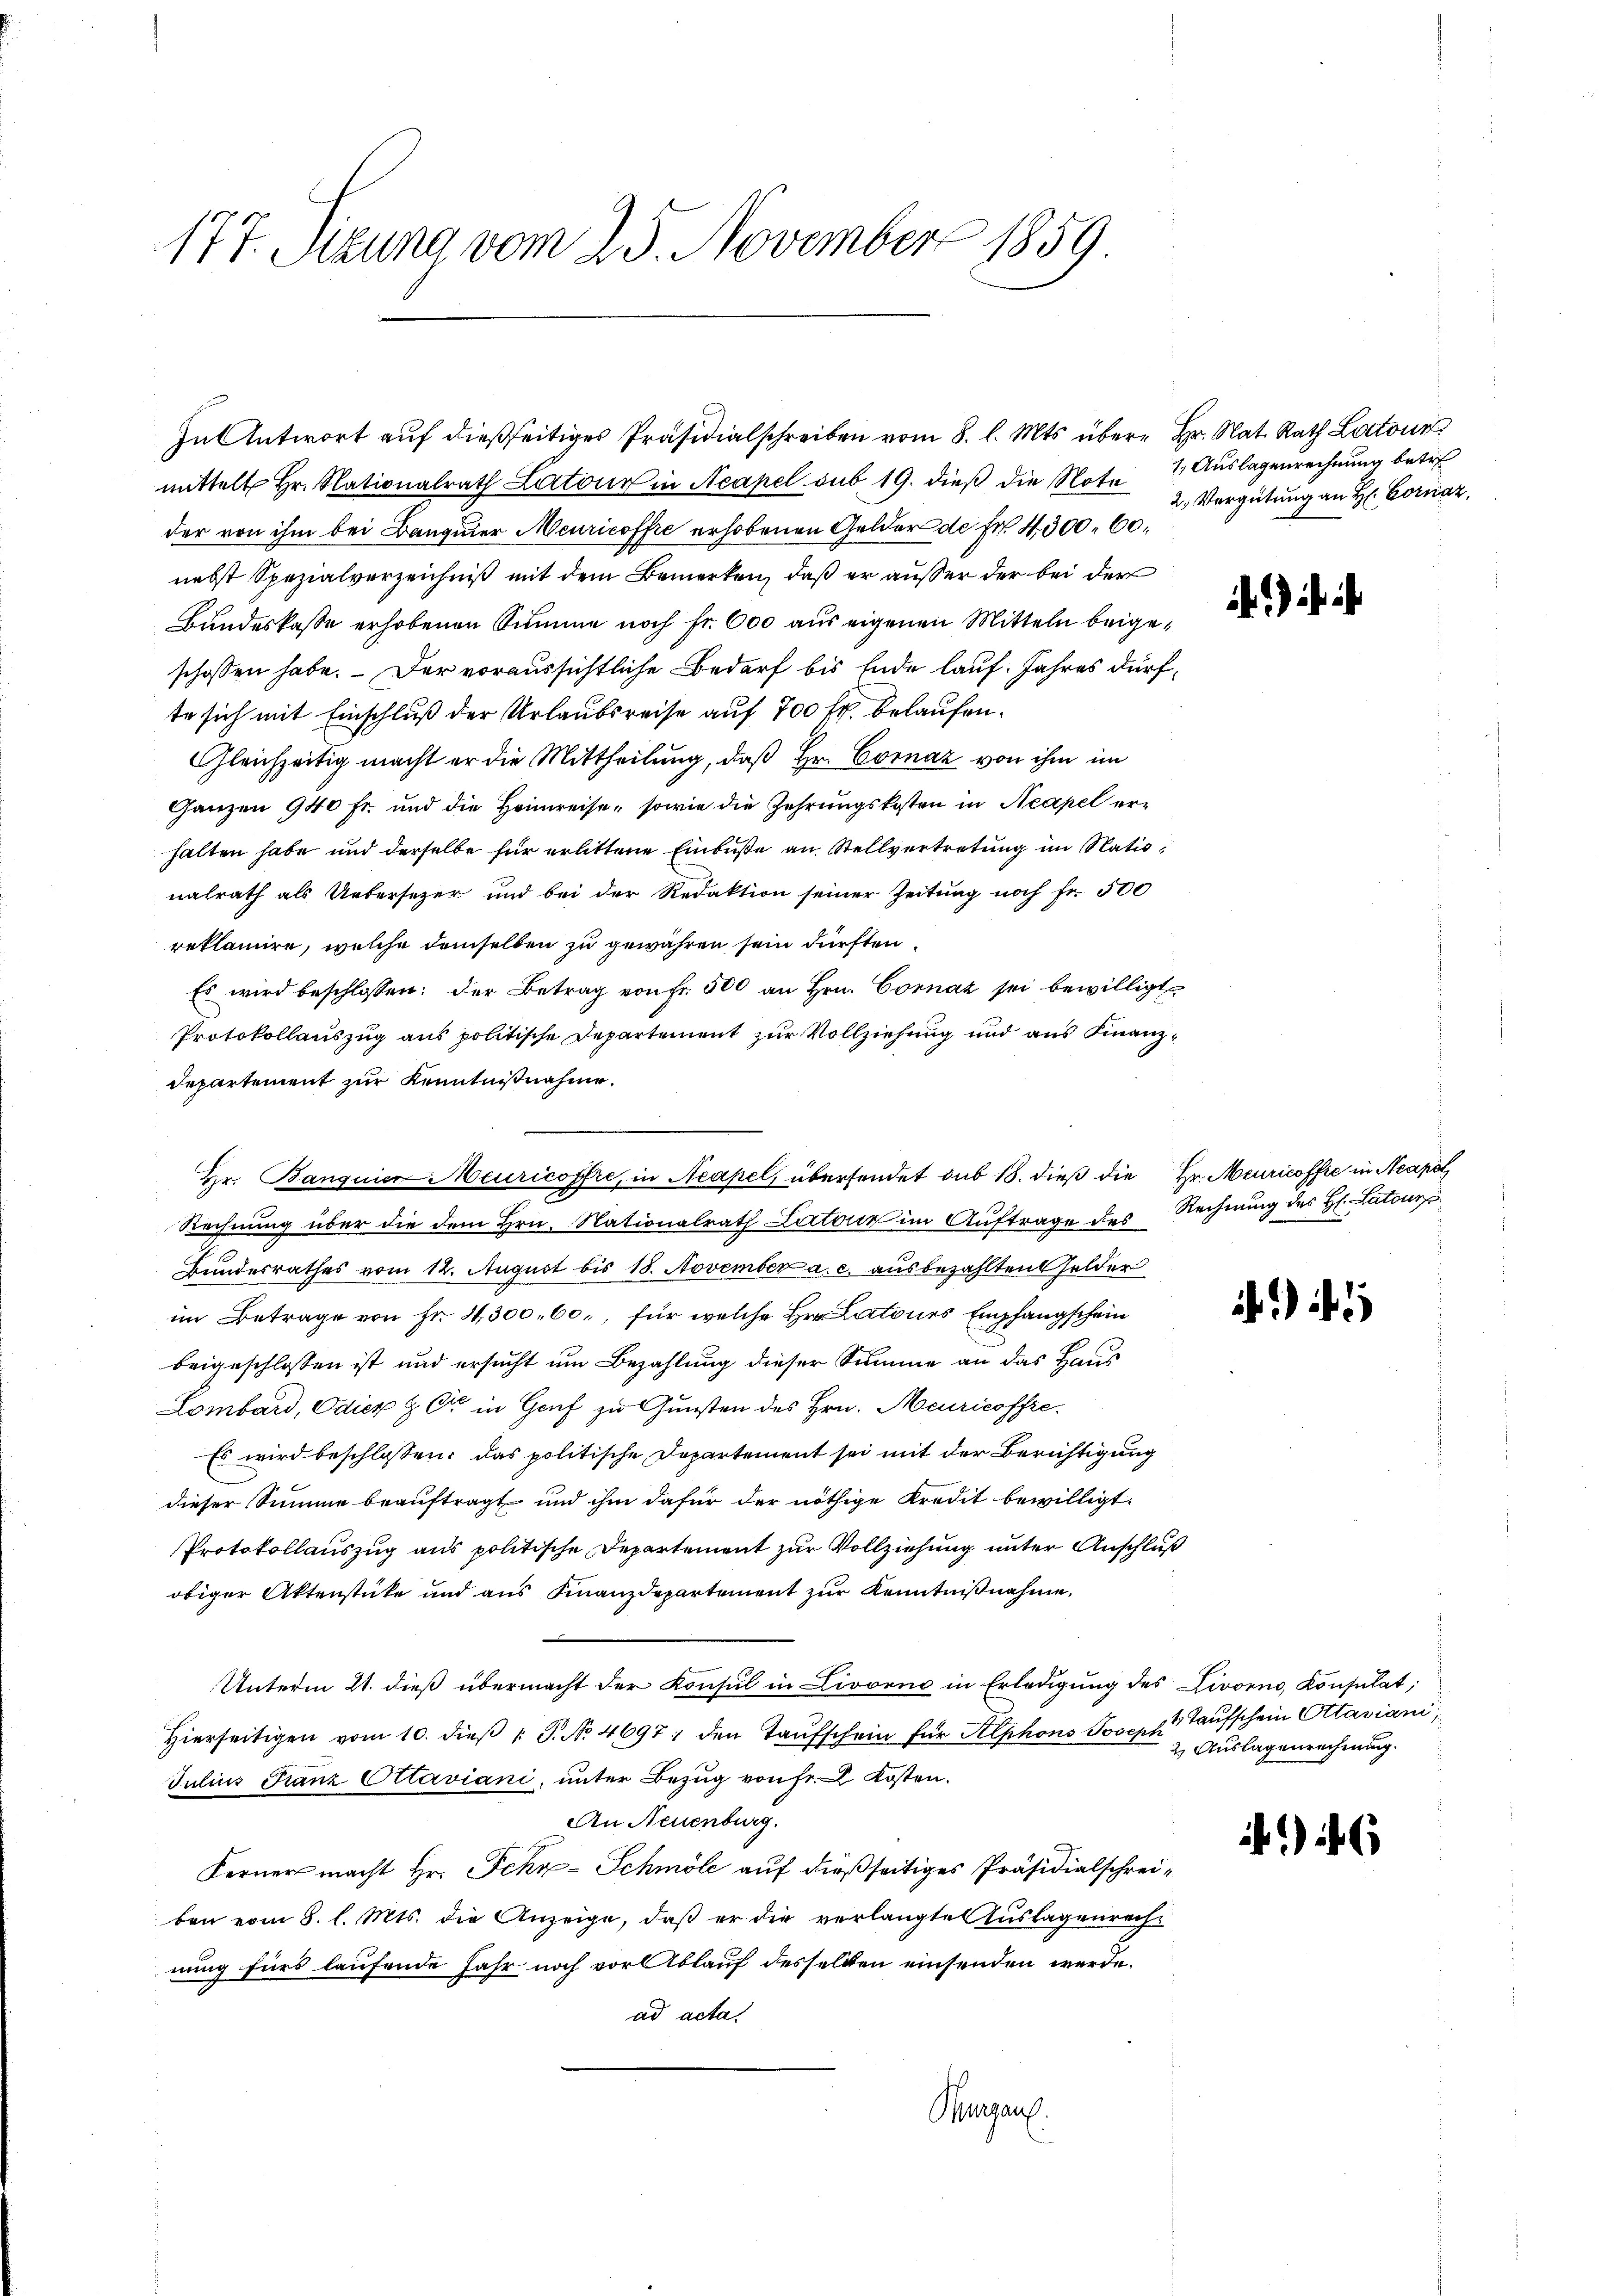
177. Sizung vom 25. November 1859

mittelt Hr. Nationalrath Latoir in Neapel sub 19. dieß die Note
der von ihm bei Banquier Meuricoffre erhobenen Gelder de Fr. 4300. 60.
nebst Spezialverzeichniß mit dem Bemerken, daß er außer der bei der
Bundeskasse erhobenen Summe noch fr. 600 aus eigenen Mitteln beigeschossen habe. - Der voraussichtliche Bedarf bis Ende lauf Jahres dürfte sich mit Einschluß der Urlaubsreise auf 700 fr. belaufen.
Gleichzeitig macht er die Mittheilung, daß Hr. Cornaz von ihm im
Ganzen 940 Fr. und die Heimreise, sowie die Zehrungskosten in Neapel erhalten habe und derselbe für erlittene Einbuße an Stellvertretung im Nationalrath als Uebersezer und bei der Redaktion seiner Zeitung noch fr. 500
reklamire, welche demselben zu gewähren sein dürften
Es wird beschlossen: der Betrag von Fr. 500 an Hrn. Cornaz sei bewilligt
Protokollauszug aus politische Departement zur Vollziehung und aus Finanzdepartement zur Kenntnißnahme.
Rechnung über die dem Hrn. Nationalrath Latone im Auftrage des Rechnung des H. Latonz
Bundesrathes vom 12. August bis 18. November a. c. ausbezahlten Gelder
im Betrage von Fr. 4300. 60., für welche Herr Latones Empfangschein
beigeschlossen ist und ersucht um Bezahlung dieser Summe an das Haus
Lombard, Odiez & Ort in Genf zu Gunsten des Hrn. Meuricoffre
Es wird beschlossen: das politische Departement sei mit der Berichtigung
dieser Summe beauftragt und ihm dafür der nöthige Kredit bewilligt.
Protokollauszug aus politische Departement zur Vollziehung unter Anschluß
obiger Aktenstücke und aus Finanzdepartement zur Kenntnißnahme.
Unterm 21. dieß übermacht der Konsul in Livorno in Erledigung des Livorno, Konsulat,
Hierseitigen vom 10. dieβ  P. No. 4697 ; den Taufschein für Alphons Joseph
Julius Franz Ottaviani, unter Bezug von Fr. 2. Kosten.
An Neuenburg.
Ferner macht Hr. Fehr-Schmöle auf dießseitiges Präsidialschreiben vom 8. l. Mts. die Anzeige, daß er die verlangte Auslagenrech-
nung fürs laufende Jahr noch vor Ablauf desselben einsenden werde.
ad acta.
Thurgau.

Hr. Banquier Meuricoffe, in Neapel, übersendet sub 18. dieß die Hr. Meuricoffe in Neapel

In Antwort auf dießseitiges Präsidialschreiben vom 8. l. Mts. über Hr. Rat. Rath Lotour

1. Auslagenrechnung betre
2. Vergütung an H. Cornaz,

)

)

4. Taufschein Attaviani
2. Auslagenrechnung.

)